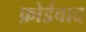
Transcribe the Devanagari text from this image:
फ़ोर्डवाद